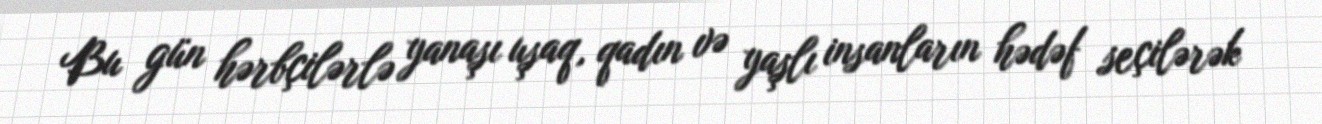
Bu gün hərbçilərlə yanaşı uşaq, qadın və yaşlı insanların hədəf seçilərək